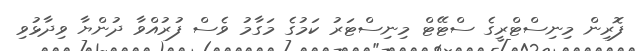
ފޮރިން މިނިސްޓްރީގެ ސްޓޭޓް މިނިސްޓަރު ކަމުގެ މަގާމު ވެސް ފުރުއްވާ ދުންޔާ ވިދާޅުވި